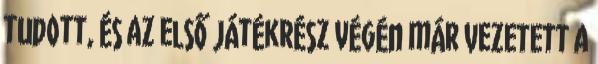
tudott, és az első játékrész végén már vezetett a